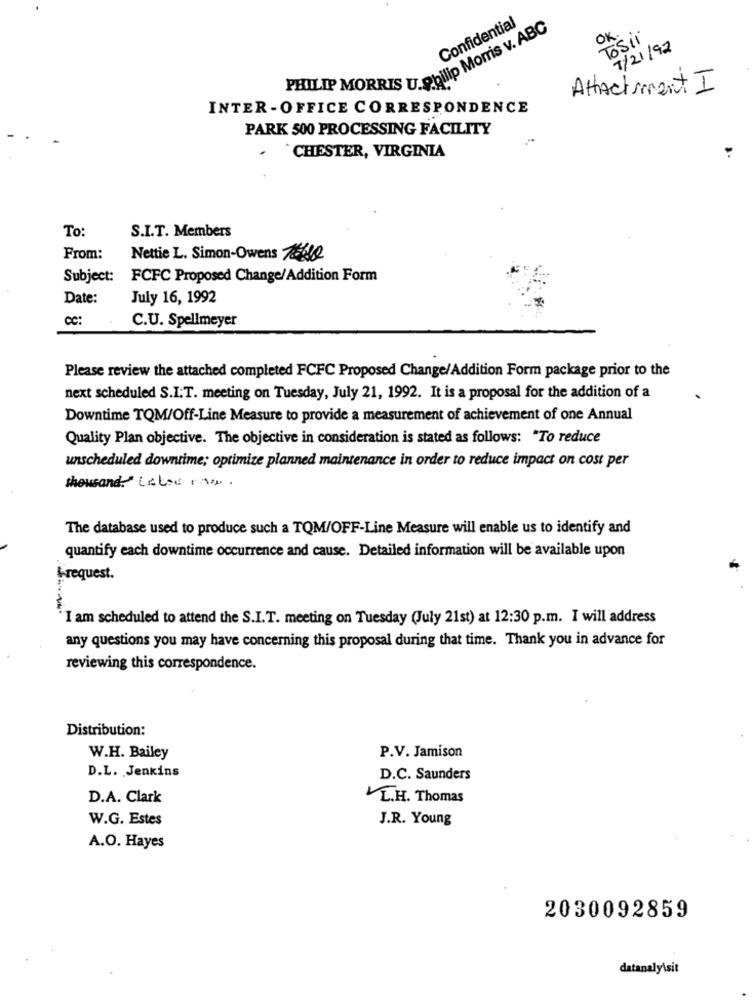
Confidential
OK.
TOSii
PHILIP MORRIS U.Philip Morris v. ABC
7/21/92
AttActment I
INTER - OFFICE CORRESPONDENCE
PARK 500 PROCESSING FACILITY
CHESTER, VIRGINIA
To
S.I.T. Members
From:
Nettie L. Simon-Owens 785600
Subject:
FCFC Proposed Change/Addition Form
Date:
July 16, 1992
CC:
C.U. Spellmeyer
Please review the attached completed FCFC Proposed Change/Addition Form package prior to the
next scheduled S.I.T. meeting on Tuesday, July 21, 1992. It is a proposal for the addition of a
Downtime TQM/Off-Line Measure to provide a measurement of achievement of one Annual
Quality Plan objective. The objective in consideration is stated as follows: "To reduce
unscheduled downtime; optimize planned maintenance in order to reduce impact on cost per
thousand Lelse in.
The database used to produce such a TQM/OFF-Line Measure will enable us to identify and
quantify each downtime occurrence and cause. Detailed information will be available upon
&request.
"I am scheduled to attend the S.I.T. meeting on Tuesday (July 21st) at 12:30 p.m. I will address
any questions you may have concerning this proposal during that time. Thank you in advance for
reviewing this correspondence.
Distribution:
P.V. Jamison
W.H. Bailey
D.L. Jenkins
D.C. Saunders
D.A. Clark
L.H. Thomas
W.G. Estes
J.R. Young
A.O. Hayes
2030092859
datanaly\sit